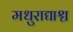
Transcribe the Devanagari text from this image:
मधुराद्याश्च